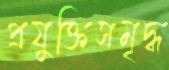
প্রযুক্তিসমৃদ্ধ